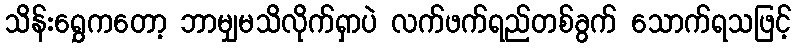
သိန်းရွှေကတော့ ဘာမျှမသိလိုက်ရှာပဲ လက်ဖက်ရည်တစ်ခွက် သောက်ရသဖြင့်